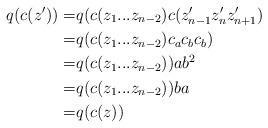
\begin{align*}q(c(z'))=& q(c(z_1...z_{n-2})c(z_{n-1}'z_n'z_{n+1}') \\=& q(c(z_1...z_{n-2})c_ac_bc_b) \\=& q(c(z_1...z_{n-2}))ab^2 \\=& q(c(z_1...z_{n-2}))ba \\=& q(c(z))\end{align*}